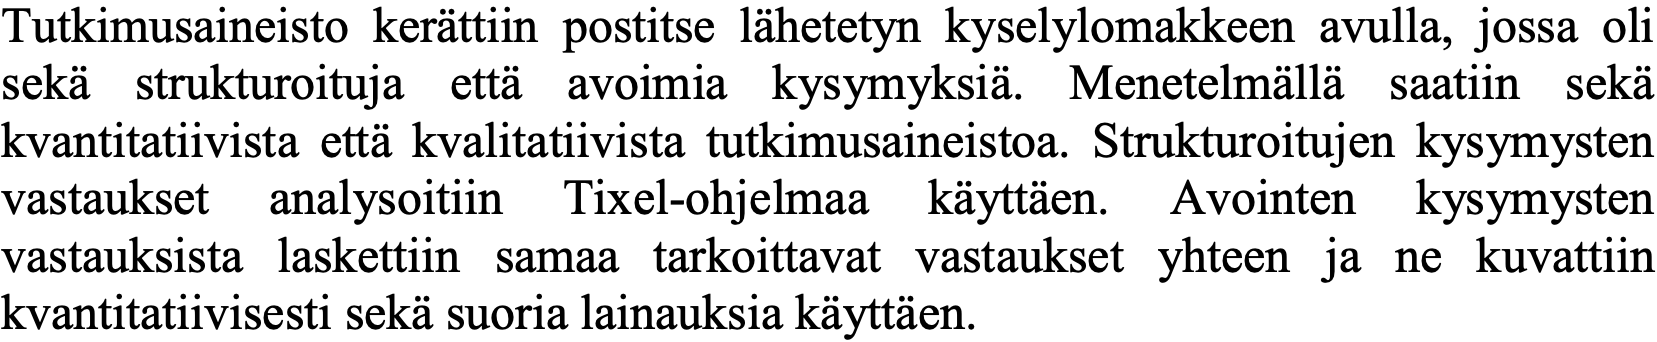
Tutkimusaineisto kerättiin postitse lähetetyn kyselylomakkeen avulla, jossa oli sekä strukturoituja että avoimia kysymyksiä. Menetelmällä saatiin sekä kvantitatiivista että kvalitatiivista tutkimusaineistoa. Strukturoitujen kysymysten vastaukset analysoitiin Tixel-ohjelmaa käyttäen. Avointen kysymysten vastauksista laskettiin samaa tarkoittavat vastaukset yhteen ja ne kuvattiin kvantitatiivisesti sekä suoria lainauksia käyttäen.